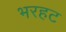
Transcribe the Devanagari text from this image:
भरहट